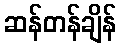
ဆန်တန်ချိန်